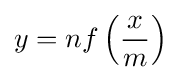
y=nf\left({\frac {x}{m}}\right)